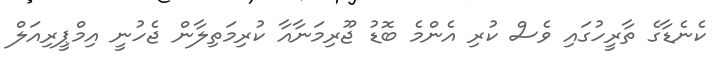
ކެނެޑާގެ ތާރީހުގައި ވެސް ކުރި އެންމެ ބޮޑު ޖޫރިމަނާއާ ކުރިމަތިލާން ޖެހުނީ އިމްޕީރިއަލް